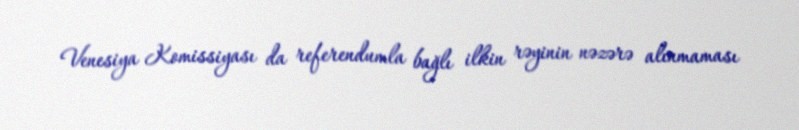
Venesiya Komissiyası da referendumla bağlı ilkin rəyinin nəzərə alınmaması